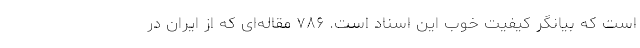
است که بیانگر کیفیت خوب این اسناد است. ۷۸۶ مقاله‌ای که از ایران در